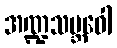
အဏ္ဍသမ္ဘဝေါ